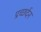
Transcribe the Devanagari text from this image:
प्रच्छर्दन